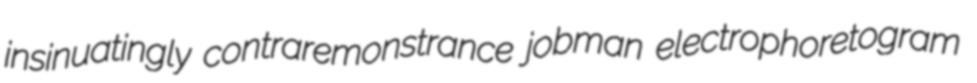
insinuatingly contraremonstrance jobman electrophoretogram